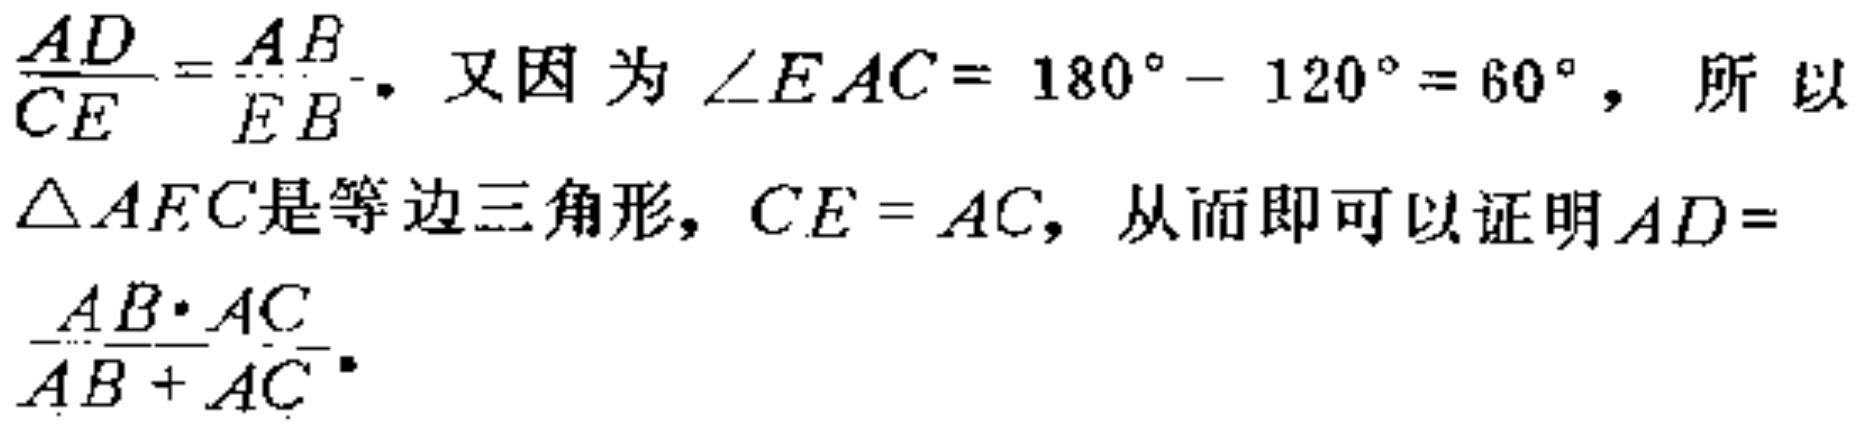
$\frac{AD}{CE}=\frac{AB}{EB}.$ 又因为 $\angle EAC = 180^{\circ}-120^{\circ}=60^{\circ}$，所以
$\triangle AFC是等边三角形，CE = AC，从而即可以证明AD =$
$\frac{AB\cdot AC}{AB + AC}.$